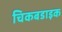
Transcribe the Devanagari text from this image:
चिकबडाइक